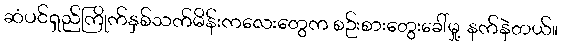
ဆံပင်ရှည်ကြိုက်နှစ်သက်မိန်းကလေးတွေက စဉ်းစားတွေးခေါ်မှု့ နက်နဲတယ်။